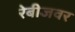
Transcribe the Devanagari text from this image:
रेबीजवर